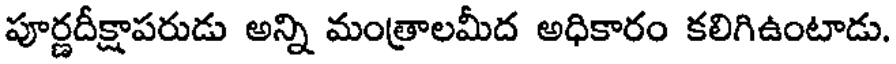
పూర్ణదీక్షాపరుడు అన్ని మంత్రాలమీద అధికారం కలిగిఉంటాడు.